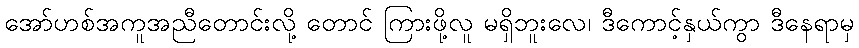
အော်ဟစ်အကူအညီတောင်းလို့ တောင် ကြားဖို့လူ မရှိဘူးလေ၊ ဒီကောင့်နှယ်ကွာ ဒီနေရာမှ